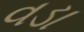
વડા